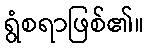
ရွံစရာဖြစ်၏။